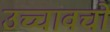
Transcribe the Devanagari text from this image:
उच्चावचो